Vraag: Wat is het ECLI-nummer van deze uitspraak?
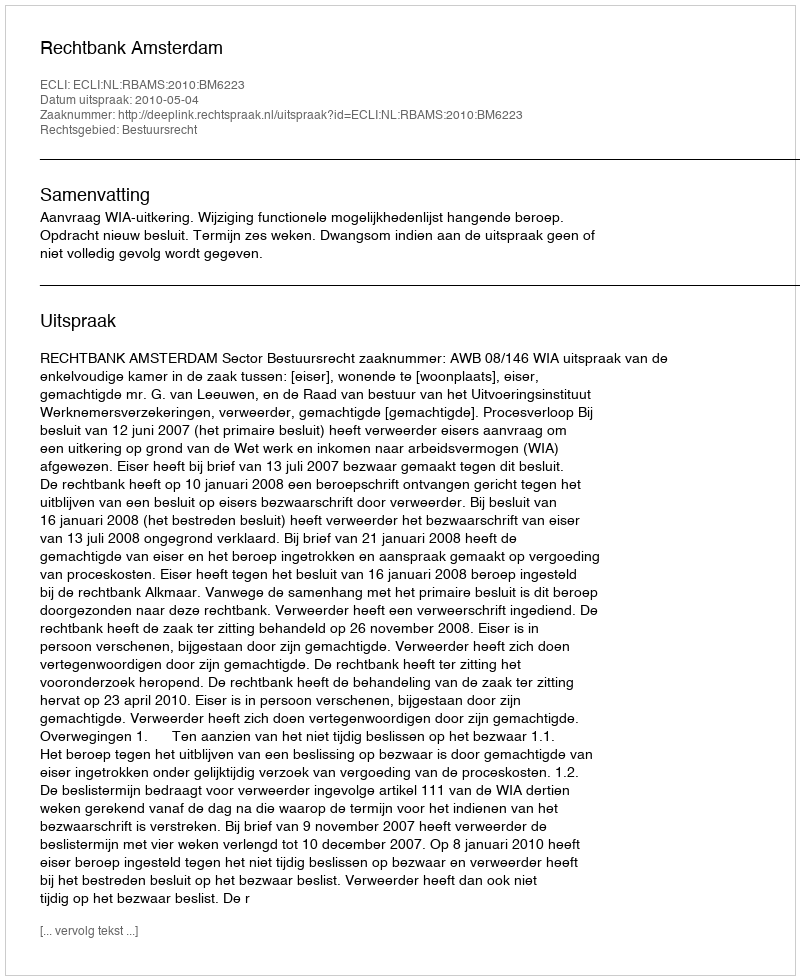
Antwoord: ECLI:NL:RBAMS:2010:BM6223